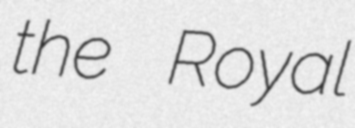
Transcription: the Royal